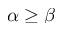
\alpha \ge \beta